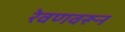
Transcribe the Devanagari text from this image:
रेवणवरून